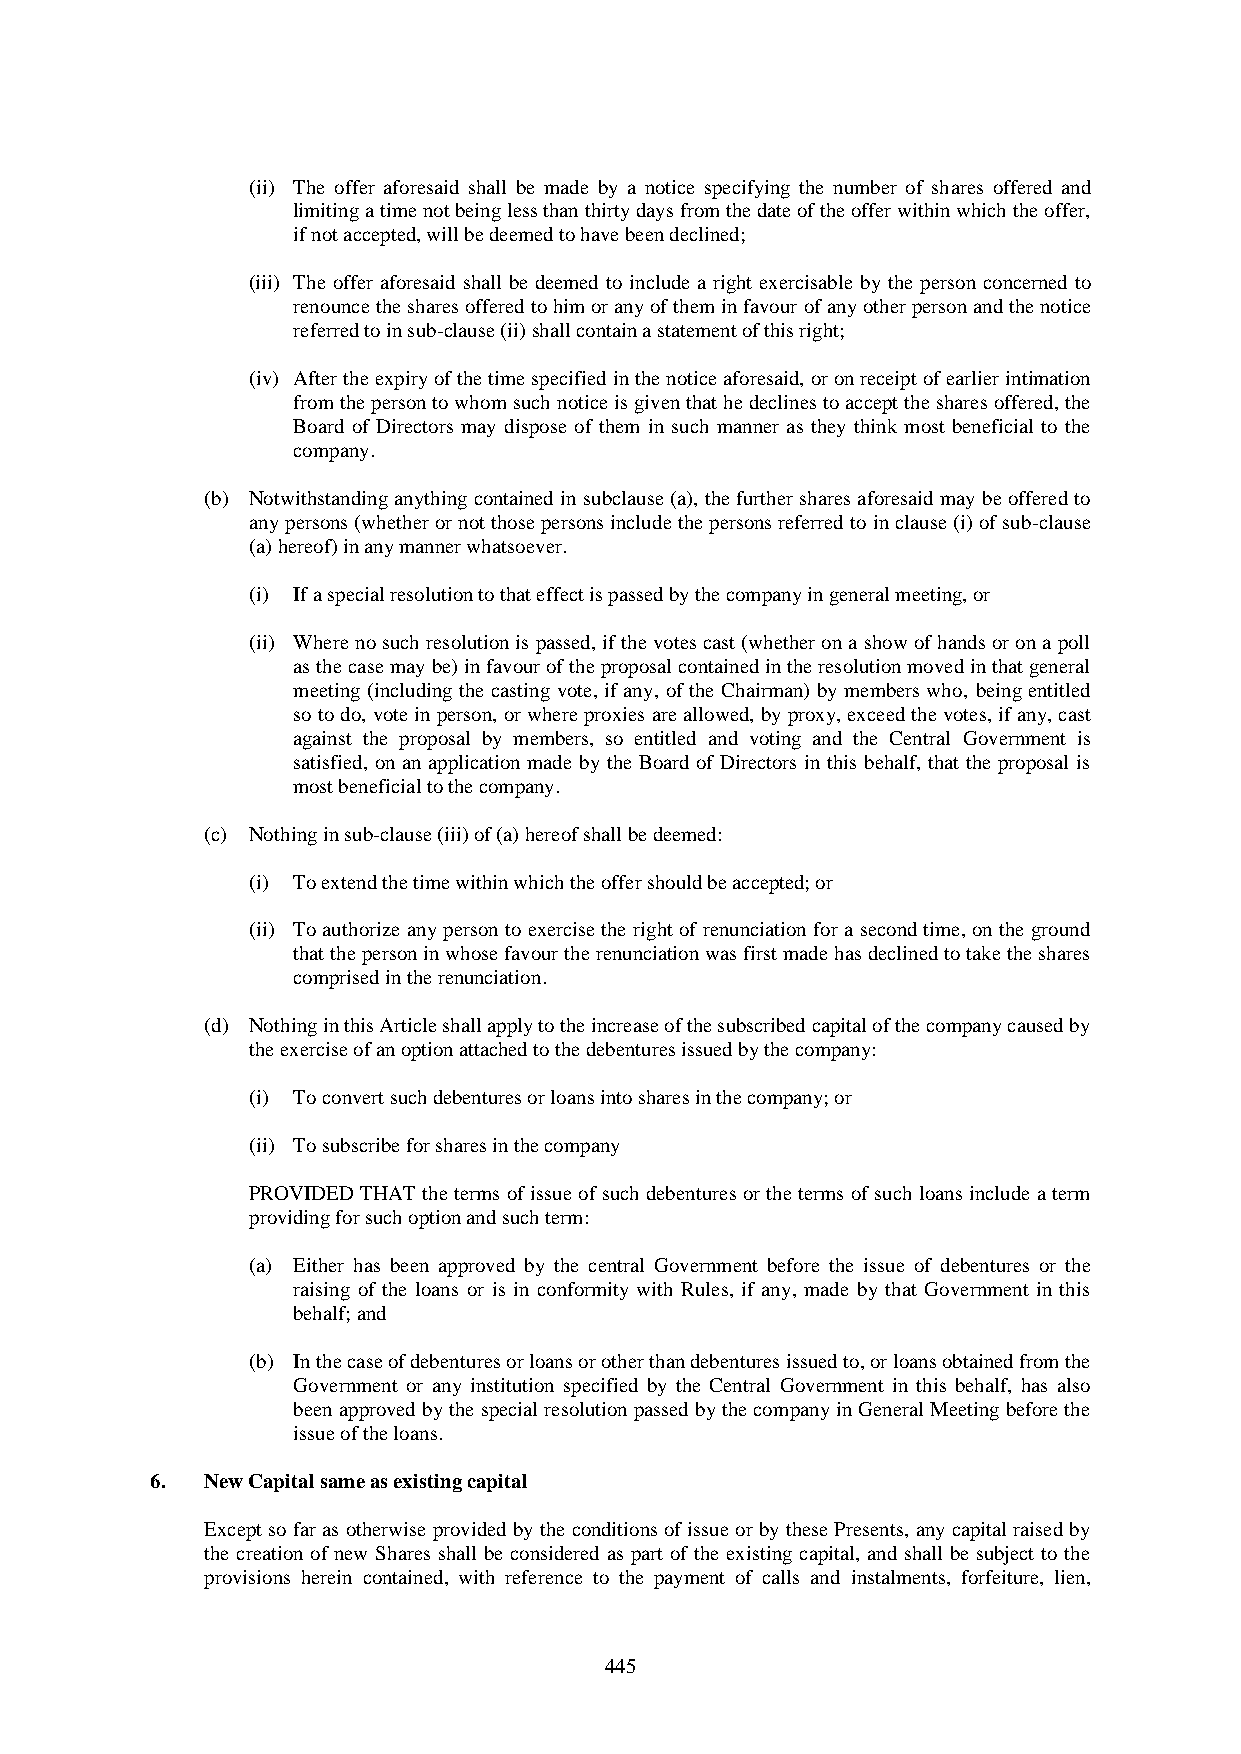
(ii) The offer aforesaid shall be made by a notice specifying the number of shares offered and
 limiting a time not being less than thirty days from the date of the offer within which the offer,
 if not accepted, will be deemed to have been declined;
 (iii) The offer aforesaid shall be deemed to include a right exercisable by the person concerned to
 renounce the shares offered to him or any of them in favour of any other person and the notice
 referred to in sub-clause (ii) shall contain a statement of this right;
 (iv) After the expiry of the time specified in the notice aforesaid, or on receipt of earlier intimation
 from the person to whom such notice is given that he declines to accept the shares offered, the
 Board of Directors may dispose of them in such manner as they think most beneficial to the
 company.
 (b) Notwithstanding anything contained in subclause (a), the further shares aforesaid may be offered to
 any persons (whether or not those persons include the persons referred to in clause (i) of sub-clause
 (a) hereof) in any manner whatsoever.
 (i) If a special resolution to that effect is passed by the company in general meeting, or
 (ii) Where no such resolution is passed, if the votes cast (whether on a show of hands or on a poll
 as the case may be) in favour of the proposal contained in the resolution moved in that general
 meeting (including the casting vote, if any, of the Chairman) by members who, being entitled
 so to do, vote in person, or where proxies are allowed, by proxy, exceed the votes, if any, cast
 against the proposal by members, so entitled and voting and the Central Government is
 satisfied, on an application made by the Board of Directors in this behalf, that the proposal is
 most beneficial to the company.
 (c) Nothing in sub-clause (iii) of (a) hereof shall be deemed:
 (i) To extend the time within which the offer should be accepted; or
 (ii) To authorize any person to exercise the right of renunciation for a second time, on the ground
 that the person in whose favour the renunciation was first made has declined to take the shares
 comprised in the renunciation.
 (d) Nothing in this Article shall apply to the increase of the subscribed capital of the company caused by
 the exercise of an option attached to the debentures issued by the company:
 (i) To convert such debentures or loans into shares in the company; or
 (ii) To subscribe for shares in the company
 PROVIDED THAT the terms of issue of such debentures or the terms of such loans include a term
 providing for such option and such term:
 (a) Either has been approved by the central Government before the issue of debentures or the
 raising of the loans or is in conformity with Rules, if any, made by that Government in this
 behalf; and
 (b) In the case of debentures or loans or other than debentures issued to, or loans obtained from the
 Government or any institution specified by the Central Government in this behalf, has also
 been approved by the special resolution passed by the company in General Meeting before the
 issue of the loans.
 6.  New Capital same as existing capital
 Except so far as otherwise provided by the conditions of issue or by these Presents, any capital raised by
 the creation of new Shares shall be considered as part of the existing capital, and shall be subject to the
 provisions herein contained, with reference to the payment of calls and instalments, forfeiture, lien,
 445